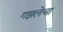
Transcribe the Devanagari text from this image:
गझलेचा